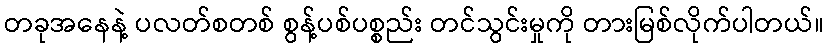
တခုအနေနဲ့ ပလတ်စတစ် စွန့်ပစ်ပစ္စည်း တင်သွင်းမှုကို တားမြစ်လိုက်ပါတယ်။